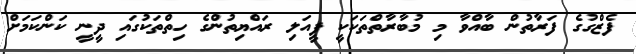
ފެޒްގުގެ ފަރާތުން ބާއްވާ މި މުބާރާތްތަކަކީ ފީއަލި ރައްޔިތުންގެ ހިތްތަކުގައި ދީނީ ކަންކަމަށް